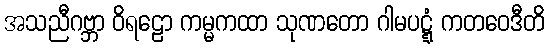
အသညီဂဗ္ဘာ ဝိရဠော ကမ္မကထာ သုဏတော ဂါမပဋ္ဋံ ကတဝေဒီတိ